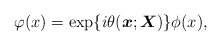
\begin{align*}\varphi(x)=\exp\{i\theta(\mbox{\boldmath $x$};\mbox{\boldmath$X$})\}\phi(x),\end{align*}